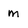
Character: m